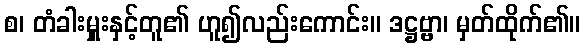
စ၊ တံခါးမှူးနှင့်တူ၏ ဟူ၍လည်းကောင်း။ ဒဋ္ဌဗ္ဗာ၊ မှတ်ထိုက်၏။